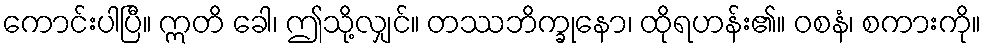
ကောင်းပါပြီ။ ဣတိ ခေါ၊ ဤသို့လျှင်။ တဿဘိက္ခုနော၊ ထိုရဟန်း၏။ ဝစနံ၊ စကားကို။